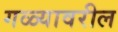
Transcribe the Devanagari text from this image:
गळ्यावरील